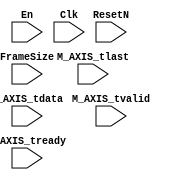
// Code your design here
module sample_generator#(parameter  C_M_AXIS_TDATA_WIDTH = 8,
                        parameter  C_M_START_COUNT =8)

  (input wire En,
  input wire M_AXIS_tvalid,
  input wire M_AXIS_tlast,
  input wire M_AXIS_tready,
   input wire [7:0] M_AXIS_tdata,
   input [7:0] FrameSize,
  input wire Clk,
  input wire ResetN);

  reg counterR;
  assign M_AXIS_tdata = counterR;
  always @(posedge Clk)
    if(!ResetN)
      counterR <= 0;
  	else begin
      if(M_AXIS_tvalid && M_AXIS_tready)
        if(M_AXIS_tlast)
          counterR <= 0;
      	else
          counterR<=counterR + 1;
    end

  reg sampleGeneratorEnableR;
  reg afterResetCycleCounterR;
  always @(posedge Clk)
    if(!ResetN)begin
      afterResetCycleCounterR <= 0;
      sampleGeneratorEnableR <= 0;
    end
  	else begin
      afterResetCycleCounterR <= afterResetCycleCounterR+1;
      if(afterResetCycleCounterR == C_M_START_COUNT)
        sampleGeneratorEnableR <= 1;
    end

  reg tvalidR;
  assign M_AXIS_tvalid = tvalidR;
  always @(posedge Clk)
    if(!ResetN)
      tvalidR <=0;
  	else begin
      if (!En)
        tvalidR<=0;
      else if(sampleGeneratorEnableR)
        tvalidR<=1;
    end

  reg [7:0] packetCounter;
  reg framesize_test;
  always @(posedge Clk)
    if(!ResetN) begin
      packetCounter <= 8'hff;
      framesize_test <= 0;
    end
  	else begin
      if (M_AXIS_tlast) begin
        packetCounter <= 8'hff;
        framesize_test <= 0;
      end
      else begin
        packetCounter <= packetCounter + 1;
        framesize_test <= framesize_test+1;
      end
    end
      assign M_AXIS_tlast = (framesize_test == 6) ? 1 : 0;


endmodule